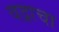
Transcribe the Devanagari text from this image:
वद्राचा